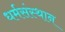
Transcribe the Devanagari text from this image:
धर्मसंस्थान